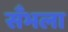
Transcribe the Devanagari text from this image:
सँभला